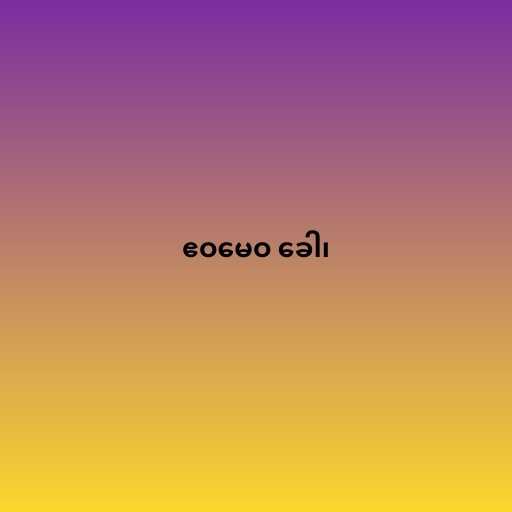
ဧဝမေဝ ခေါ၊